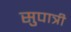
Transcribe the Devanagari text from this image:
सुपात्री